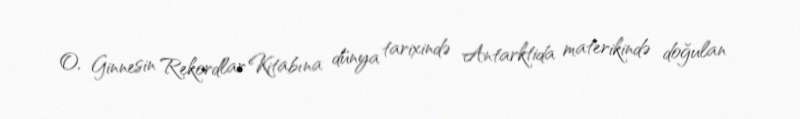
O, Ginnesin Rekordlar Kitabına dünya tarixində Antarktida materikində doğulan